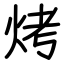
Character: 烤